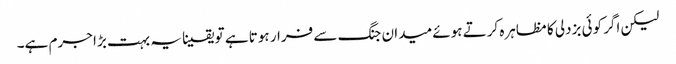
لیکن اگر کوئی بزدلی کا مظاہرہ کرتے ہوئے میدان جنگ سے فرار ہوتا ہے تو یقینا یہ بہت بڑا جرم ہے۔